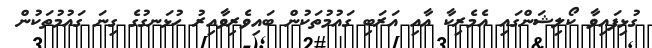
ގުޅިފައިވާ ކޯލިޝަންގައި އެމެރިކާ އާއި އަރަބި ގައުމުތަކުން ބައިވެރިވާއިރު ހުޅަނގުގެ ގިނަ ގައުމުތަކުން